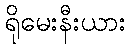
ရိုမေးနီးယား